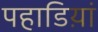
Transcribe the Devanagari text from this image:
पहाडिय़ां